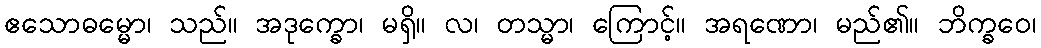
ဧသောဓမ္မော၊ သည်။ အဒုက္ခော၊ မရှိ။ လ၊ တသ္မာ၊ ကြောင့်။ အရဏော၊ မည်၏။ ဘိက္ခဝေ၊